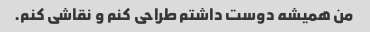
من همیشه دوست داشتم طراحی کنم و نقاشی کنم.